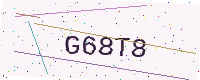
Text: G68T8